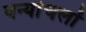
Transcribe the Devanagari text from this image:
वन्यांचलों